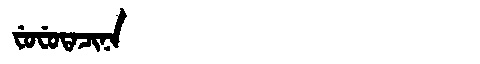
Manchu: ᠸᡠᠸᡠᡨᠠᠴᡳᠨᠠ
Romanization: FUFUTACINA